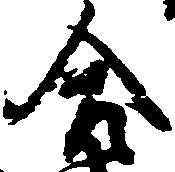
合